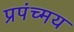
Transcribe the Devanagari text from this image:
प्रपंच्मय